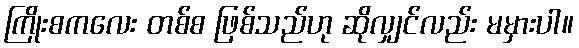
ကြိုးစကလေး တစ်စ ဖြစ်သည်ဟု ဆိုလျှင်လည်း မမှားပါ။